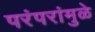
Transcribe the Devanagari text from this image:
परंपरांमुळे